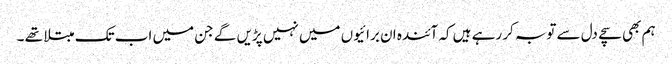
ہم بھی سچے دل سے توبہ کر رہے ہیں کہ آئندہ ان برائیوں میں نہیں پڑیں گے جن میں اب تک مبتلا تھے ۔